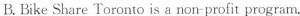
B. Bike Share Toronto is a non-profit program.